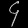
Digit: ၄